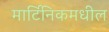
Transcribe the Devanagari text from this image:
मार्टिनिकमधील